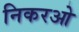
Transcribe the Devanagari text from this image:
निकरओ